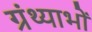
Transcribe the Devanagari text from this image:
ग्रंथ्याभों